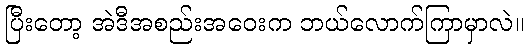
ပြီးတော့ အဲဒီအစည်းအဝေးက ဘယ်လောက်ကြာမှာလဲ။